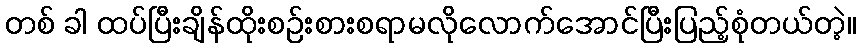
တစ် ခါ ထပ်ပြီးချိန်ထိုးစဉ်းစားစရာမလိုလောက်အောင်ပြီးပြည့်စုံတယ်တဲ့။